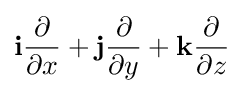
\mathbf {i} {\frac {\partial }{\partial x}}+\mathbf {j} {\frac {\partial }{\partial y}}+\mathbf {k} {\frac {\partial }{\partial z}}